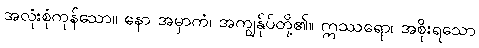
အလုံးစုံကုန်သော။ နော အမှာကံ၊ အကျွန်ုပ်တို့၏။ ဣဿရော၊ အစိုးရသော